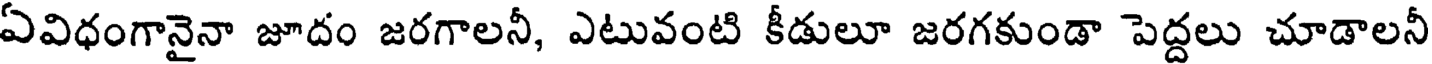
ఏవిధంగానైనా జూదం జరగాలనీ, ఎటువంటి కీడులూ జరగకుండా పెద్దలు చూడాలనీ